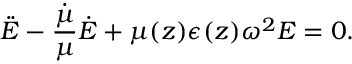
\ddot { E } - \frac { \dot { \mu } } { \mu } \dot { E } + \mu ( z ) \epsilon ( z ) \omega ^ { 2 } E = 0 .